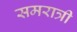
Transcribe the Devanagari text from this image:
समरात्री